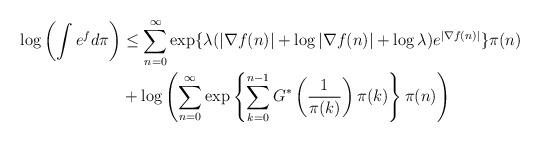
LaTeX: \begin{align*}\log \left( \int e^f d\pi \right) & \leq \sum_{n=0}^\infty \exp \{\lambda (|\nabla f(n)| + \log |\nabla f(n)| + \log \lambda) e^{|\nabla f(n)|} \} \pi(n) \\& + \log \left( \sum_{n=0}^\infty \exp \left\{ \sum_{k=0}^{n-1} G^* \left(\frac{1}{\pi(k)} \right) \pi(k) \right\} \pi(n) \right)\end{align*}